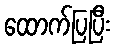
ထောက်ပြပြီး